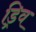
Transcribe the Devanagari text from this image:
ड्रिव